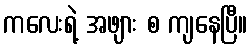
ကလေးရဲ့ အဖျား စ ကျနေပြီ။